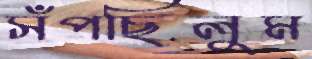
সঁপছিলুম